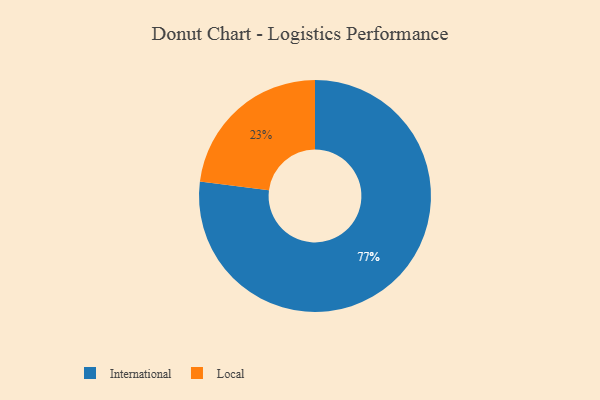
{"axis": {"x": "Category", "y": "Percentage"}, "legend": ["International", "Local"], "data": [{"x": "International", "y": 77, "type": "International"}, {"x": "Local", "y": 23, "type": "Local"}]}